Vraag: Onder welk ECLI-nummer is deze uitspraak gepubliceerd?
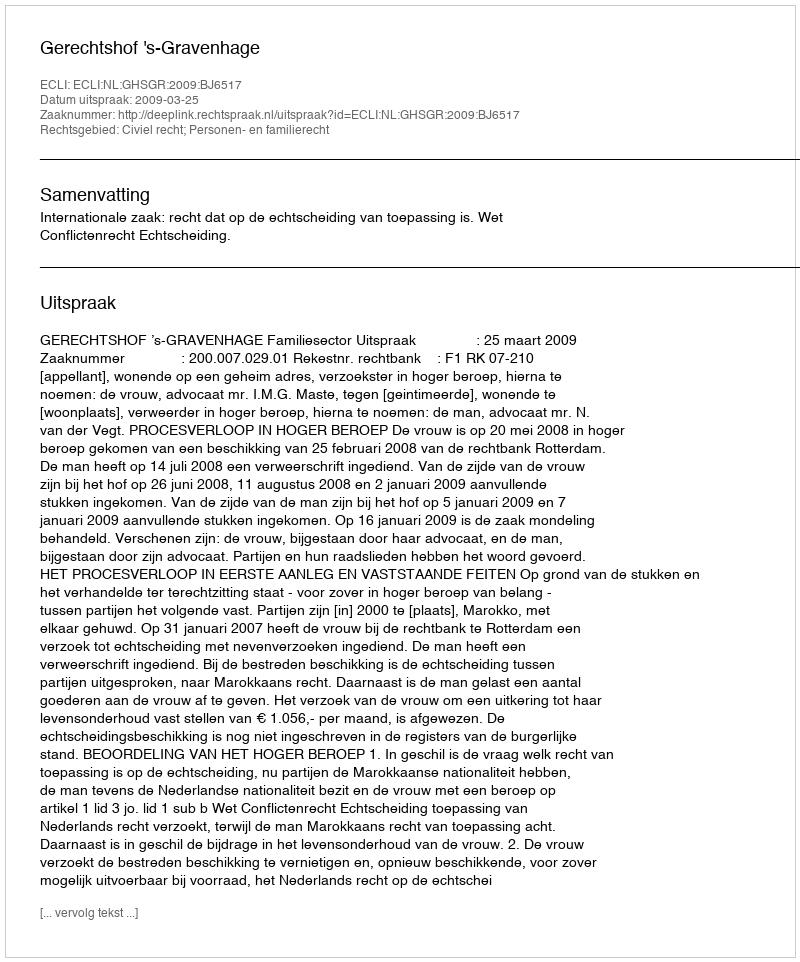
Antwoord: ECLI:NL:GHSGR:2009:BJ6517